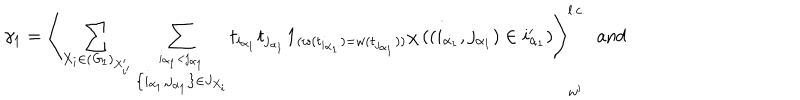
LaTeX: \gamma _ { 1 } = \left\langle \sum _ { X _ { i } \in ( { \it G } _ { 1 } ) _ { X _ { i ^ { \prime } } ^ { \prime } } } \sum _ { \stackrel { i _ { \alpha _ { 1 } } < j _ { \alpha _ { 1 } } } { \left\{ i _ { \alpha _ { 1 } } , j _ { \alpha _ { 1 } } \right\} \in J _ { X _ { i } } } } t _ { i _ { \alpha _ { 1 } } } t _ { j _ { \alpha _ { 1 } } } { \bf 1 } _ { ( w ( t _ { i _ { \alpha _ { 1 } } } ) = w ( t _ { j _ { \alpha _ { 1 } } } ) ) } \chi \left( \left( i _ { \alpha _ { 1 } } , j _ { \alpha _ { 1 } } \right) \in i _ { \alpha _ { 1 } } ^ { \prime } \right) \right\rangle _ { w ^ { \prime } } ^ { l . c . } \; \mathrm { ~ a n d }